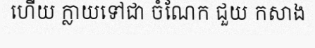
ហើយ ក្លាយទៅជា ចំណែក ជួយ កសាង